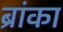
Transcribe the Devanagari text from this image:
ब्रांका